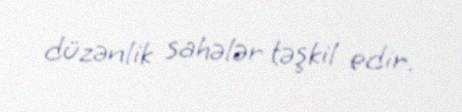
düzənlik sahələr təşkil edir.